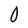
Character: 0